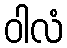
ဝါလံ